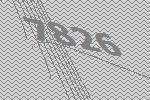
7826